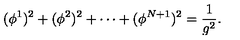
( \phi ^ { 1 } ) ^ { 2 } + ( \phi ^ { 2 } ) ^ { 2 } + \cdots + ( \phi ^ { N + 1 } ) ^ { 2 } = \frac { 1 } { g ^ { 2 } } .